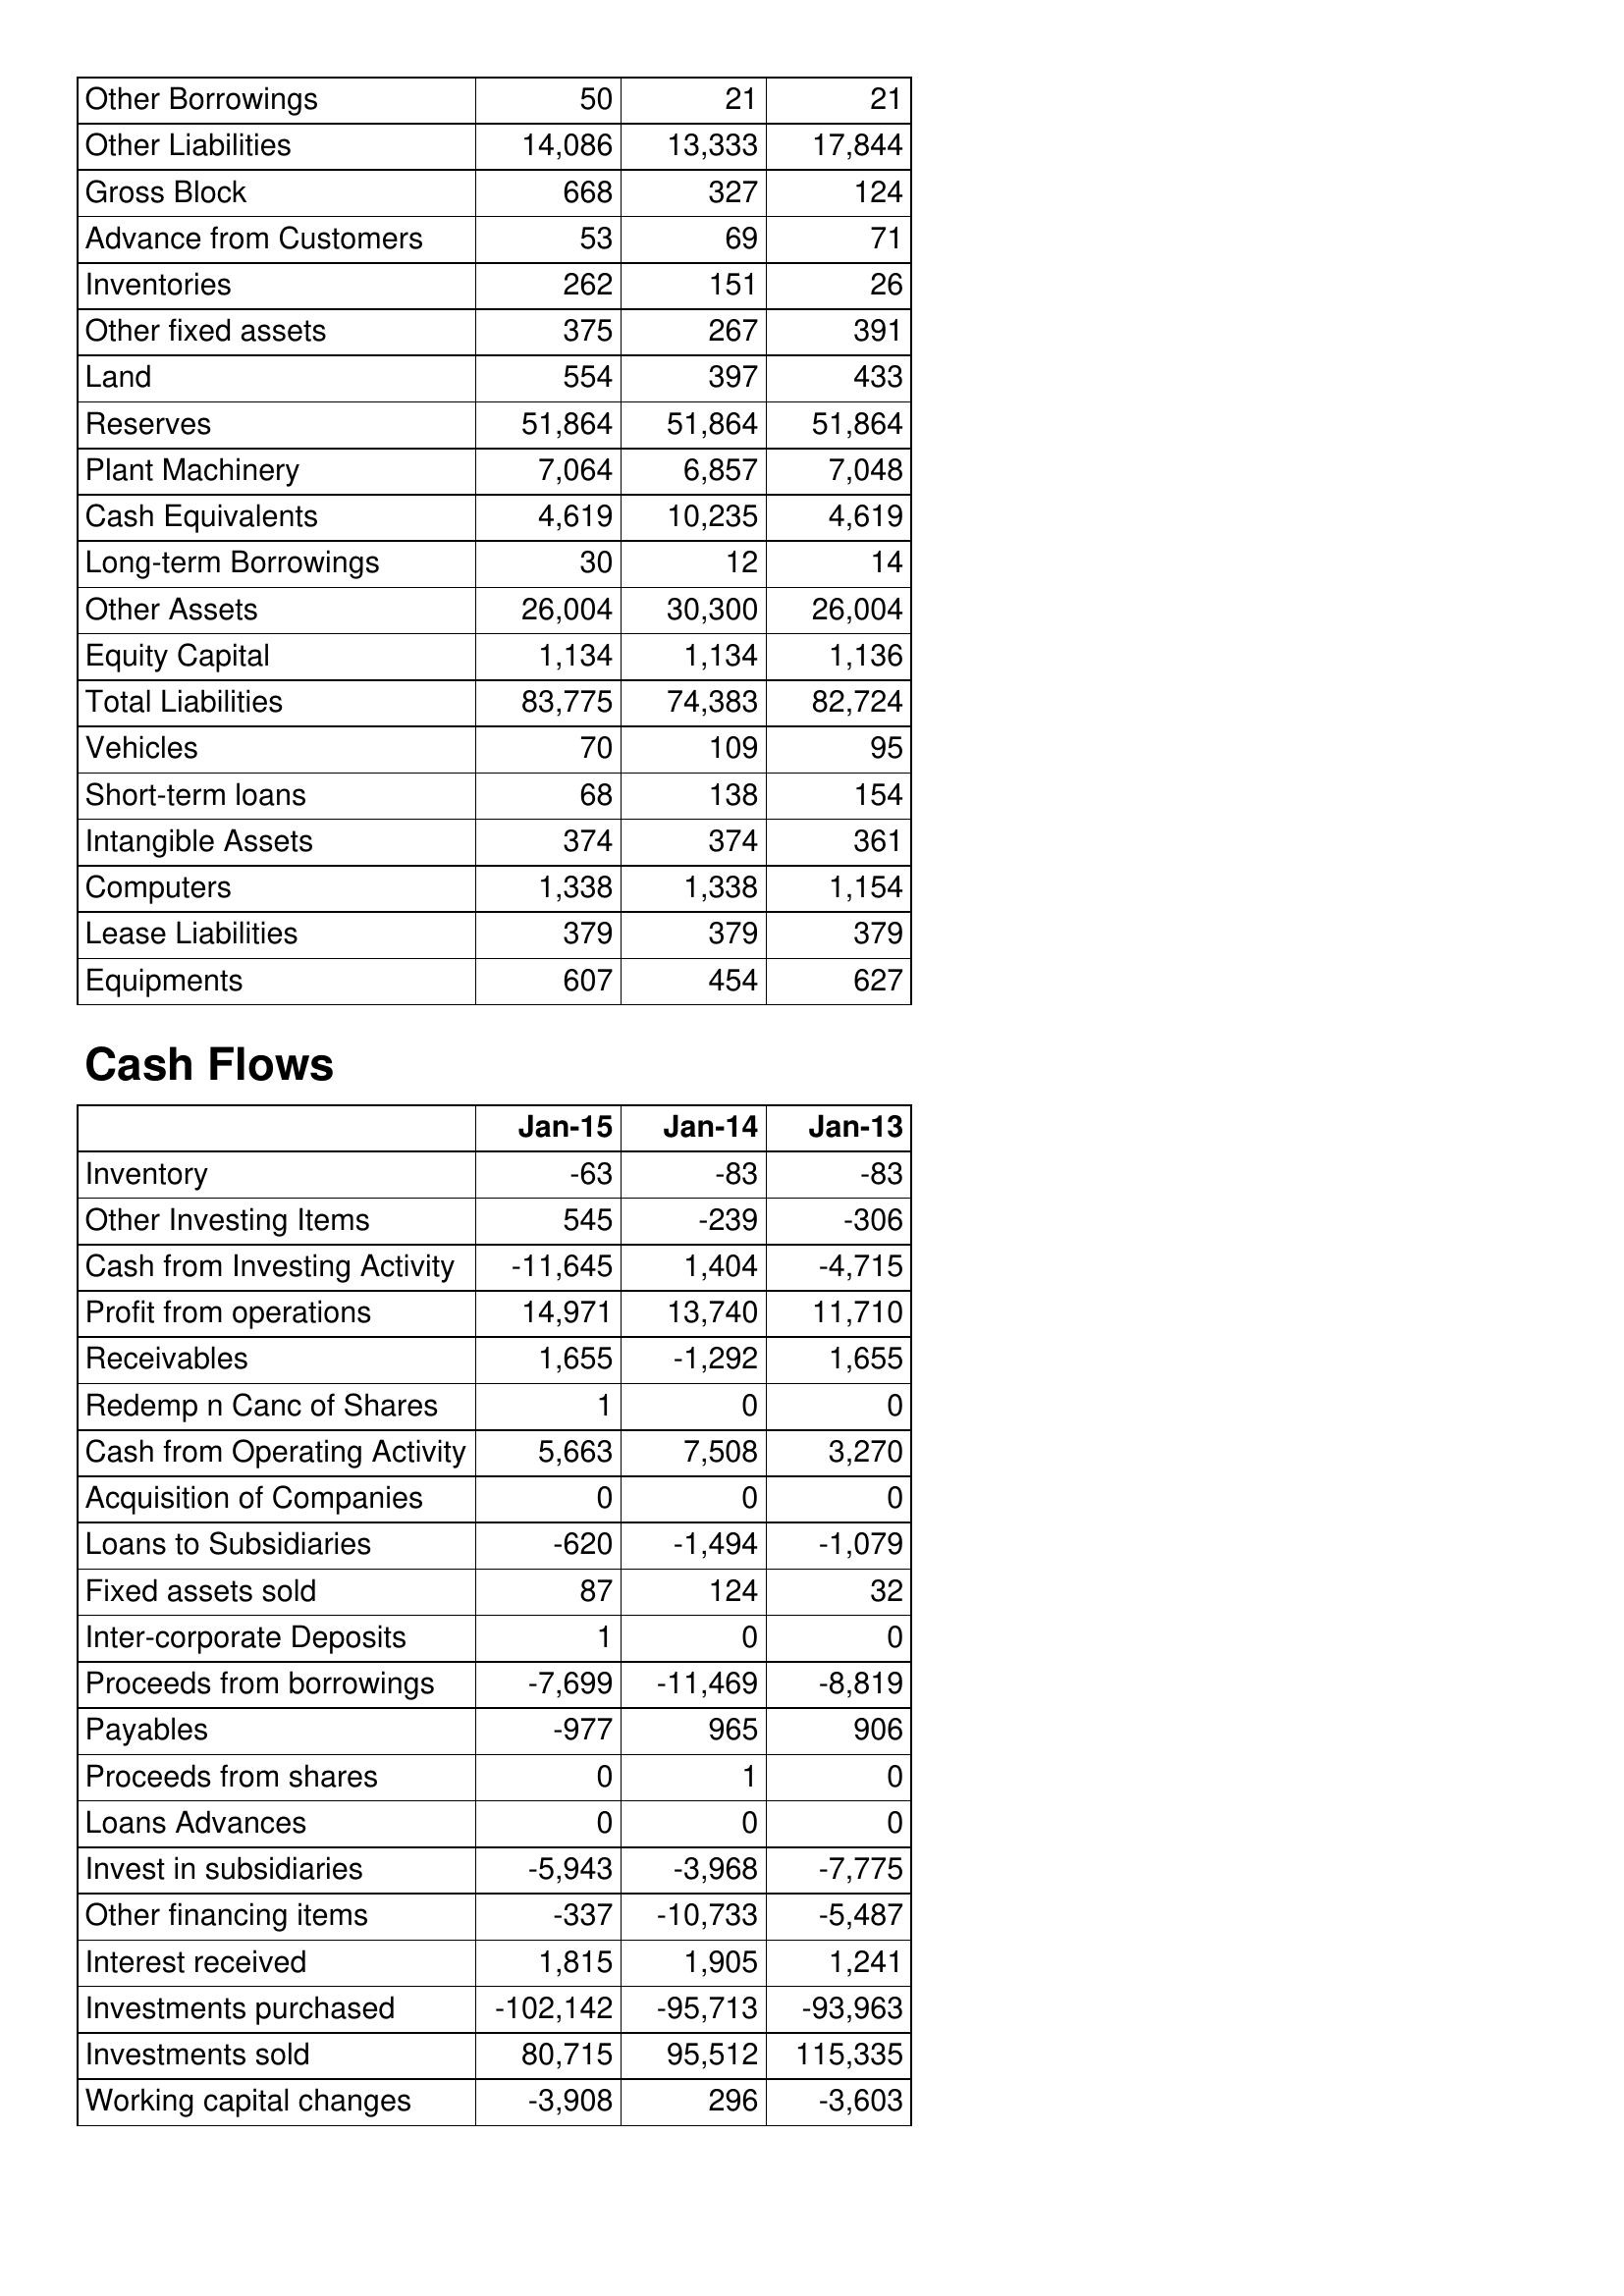
Jan-15: Balance Sheet: Other Borrowings: 50
Other Liabilities: 14,086
Gross Block: 668
Advance from Customers: 53
Inventories: 262
Other fixed assets: 375
Land: 554
Reserves: 51,864
Plant Machinery: 7,064
Cash Equivalents: 4,619
Long-term Borrowings: 30
Other Assets: 26,004
Equity Capital: 1,134
Total Liabilities: 83,775
Vehicles: 70
Short-term loans: 68
Intangible Assets: 374
Computers: 1,338
Lease Liabilities: 379
Equipments: 607
Cash Flows: Inventory: -63
Other Investing Items: 545
Cash from Investing Activity: -11,645
Profit from operations: 14,971
Receivables: 1,655
Redemp n Canc of Shares: 1
Cash from Operating Activity: 5,663
Acquisition of Companies: 0
Loans to Subsidiaries: -620
Fixed assets sold: 87
Inter-corporate Deposits: 1
Proceeds from borrowings: -7,699
Payables: -977
Proceeds from shares: 0
Loans Advances: 0
Invest in subsidiaries: -5,943
Other financing items: -337
Interest received: 1,815
Investments purchased: -102,142
Investments sold: 80,715
Working capital changes: -3,908
Jan-14: Balance Sheet: Other Borrowings: 21
Other Liabilities: 13,333
Gross Block: 327
Advance from Customers: 69
Inventories: 151
Other fixed assets: 267
Land: 397
Reserves: 51,864
Plant Machinery: 6,857
Cash Equivalents: 10,235
Long-term Borrowings: 12
Other Assets: 30,300
Equity Capital: 1,134
Total Liabilities: 74,383
Vehicles: 109
Short-term loans: 138
Intangible Assets: 374
Computers: 1,338
Lease Liabilities: 379
Equipments: 454
Cash Flows: Inventory: -83
Other Investing Items: -239
Cash from Investing Activity: 1,404
Profit from operations: 13,740
Receivables: -1,292
Redemp n Canc of Shares: 0
Cash from Operating Activity: 7,508
Acquisition of Companies: 0
Loans to Subsidiaries: -1,494
Fixed assets sold: 124
Inter-corporate Deposits: 0
Proceeds from borrowings: -11,469
Payables: 965
Proceeds from shares: 1
Loans Advances: 0
Invest in subsidiaries: -3,968
Other financing items: -10,733
Interest received: 1,905
Investments purchased: -95,713
Investments sold: 95,512
Working capital changes: 296
Jan-13: Balance Sheet: Other Borrowings: 21
Other Liabilities: 17,844
Gross Block: 124
Advance from Customers: 71
Inventories: 26
Other fixed assets: 391
Land: 433
Reserves: 51,864
Plant Machinery: 7,048
Cash Equivalents: 4,619
Long-term Borrowings: 14
Other Assets: 26,004
Equity Capital: 1,136
Total Liabilities: 82,724
Vehicles: 95
Short-term loans: 154
Intangible Assets: 361
Computers: 1,154
Lease Liabilities: 379
Equipments: 627
Cash Flows: Inventory: -83
Other Investing Items: -306
Cash from Investing Activity: -4,715
Profit from operations: 11,710
Receivables: 1,655
Redemp n Canc of Shares: 0
Cash from Operating Activity: 3,270
Acquisition of Companies: 0
Loans to Subsidiaries: -1,079
Fixed assets sold: 32
Inter-corporate Deposits: 0
Proceeds from borrowings: -8,819
Payables: 906
Proceeds from shares: 0
Loans Advances: 0
Invest in subsidiaries: -7,775
Other financing items: -5,487
Interest received: 1,241
Investments purchased: -93,963
Investments sold: 115,335
Working capital changes: -3,603